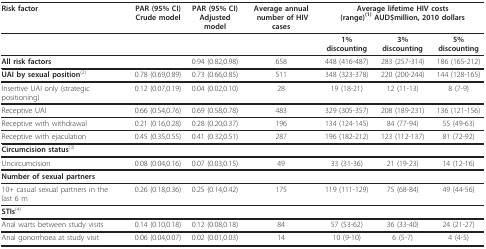
<table><thead><tr><td><b>Risk factor</b></td><td><b>PAR (95% CI) Crude model</b></td><td><b>PAR (95% CI) Adjusted model</b></td><td><b>Average annual number of HIV cases</b></td><td colspan="3"><b>Average lifetime HIV costs (range)<sup>(1) </sup>AUD$million, 2010 dollars</b></td></tr></thead><tbody><tr><td>[EMPTY_CELL]</td><td>[EMPTY_CELL]</td><td>[EMPTY_CELL]</td><td>[EMPTY_CELL]</td><td><b>1% discounting</b></td><td><b>3% discounting</b></td><td><b>5% discounting</b></td></tr><tr><td><b>All risk factors</b></td><td>[EMPTY_CELL]</td><td>0.94 (0.82,0.98)</td><td>658</td><td>448 (416-487)</td><td>283 (257-314)</td><td>186 (165-212)</td></tr><tr><td><b>UAI by sexual position</b><sup>(2)</sup></td><td>0.78 (0.69,0.89)</td><td>0.73 (0.66,0.85)</td><td>511</td><td>348 (323-378)</td><td>220 (200-244)</td><td>144 (128-165)</td></tr><tr><td>Insertive UAI only (strategic positioning)</td><td>0.12 (0.07,0.19)</td><td>0.04 (0.02,0.10)</td><td>28</td><td>19 (18-21)</td><td>12 (11-13)</td><td>8 (7-9)</td></tr><tr><td>Receptive UAI</td><td>0.66 (0.54,0.76)</td><td>0.69 (0.58,0.78)</td><td>483</td><td>329 (305-357)</td><td>208 (189-231)</td><td>136 (121-156)</td></tr><tr><td>Receptive with withdrawal</td><td>0.21 (0.16,0.28)</td><td>0.28 (0.20,0.37)</td><td>196</td><td>134 (124-145)</td><td>84 (77-94)</td><td>55 (49-63)</td></tr><tr><td>Receptive with ejaculation</td><td>0.45 (0.35,0.55)</td><td>0.41 (0.32,0.51)</td><td>287</td><td>196 (182-212)</td><td>123 (112-137)</td><td>81 (72-92)</td></tr><tr><td><b>Circumcision status</b><sup>(3)</sup></td><td>[EMPTY_CELL]</td><td>[EMPTY_CELL]</td><td>[EMPTY_CELL]</td><td>[EMPTY_CELL]</td><td>[EMPTY_CELL]</td><td>[EMPTY_CELL]</td></tr><tr><td>Uncircumcision</td><td>0.08 (0.04,0.16)</td><td>0.07 (0.03,0.15)</td><td>49</td><td>33 (31-36)</td><td>21 (19-23)</td><td>14 (12-16)</td></tr><tr><td><b>Number of sexual partners</b></td><td>[EMPTY_CELL]</td><td>[EMPTY_CELL]</td><td>[EMPTY_CELL]</td><td>[EMPTY_CELL]</td><td>[EMPTY_CELL]</td><td>[EMPTY_CELL]</td></tr><tr><td>10+ casual sexual partners in the last 6 m</td><td>0.26 (0.18,0.36)</td><td>0.25 (0.14,0.42)</td><td>175</td><td>119 (111-129)</td><td>75 (68-84)</td><td>49 (44-56)</td></tr><tr><td><b>STIs</b><sup>(4)</sup></td><td>[EMPTY_CELL]</td><td>[EMPTY_CELL]</td><td>[EMPTY_CELL]</td><td>[EMPTY_CELL]</td><td>[EMPTY_CELL]</td><td>[EMPTY_CELL]</td></tr><tr><td>Anal warts between study visits</td><td>0.14 (0.10,0.18)</td><td>0.12 (0.08,0.18)</td><td>84</td><td>57 (53-62)</td><td>36 (33-40)</td><td>24 (21-27)</td></tr><tr><td>Anal gonorrhoea at study visit</td><td>0.06 (0.04,0.07)</td><td>0.02 (0.01,0.03)</td><td>14</td><td>10 (9-10)</td><td>6 (5-7)</td><td>4 (4-5)</td></tr></tbody></table>